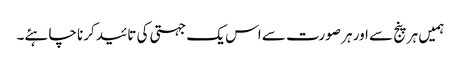
ہمیں ہر پنج سے اور ہر صورت سے اس یک جہتی کی تائید کرنا چاہئے۔